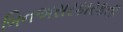
બિનઅસરકારકતા